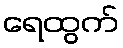
ရေထွက်